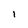
Character: I